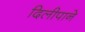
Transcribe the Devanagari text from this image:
दिलीपाने